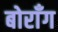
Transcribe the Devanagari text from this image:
बोराँग